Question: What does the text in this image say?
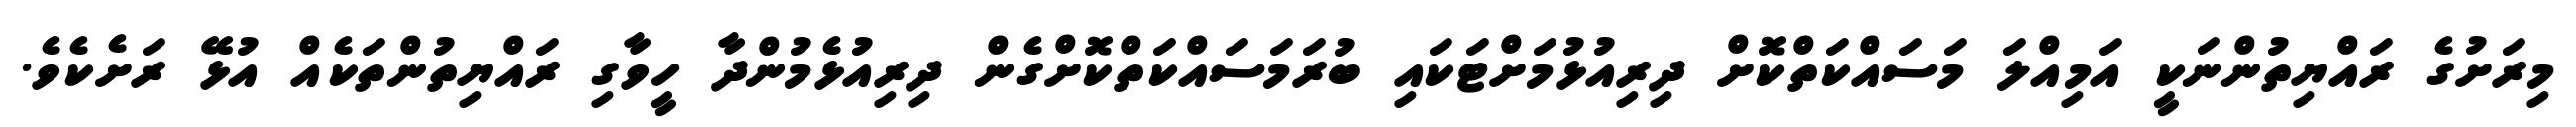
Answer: މިރަށުގެ ރައްޔިތުންނަކީ އަމިއްލަ މަސައްކަތްކޮށް ދިރިއުޅުމަށްޓަކައި ބުރަމަސައްކަތްކޮށްގެން ދިރިއުޅެމުންދާ ހީވާގި ރައްޔިތުންތަކެއް އުޅޭ ރަށެކެވެ.